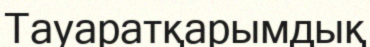
Тауаратқарымдық